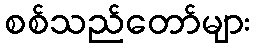
စစ်သည်တော်များ